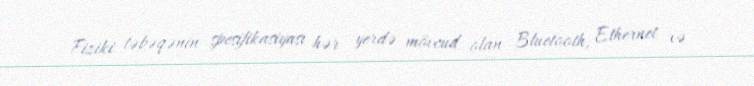
Fiziki təbəqənin spesifikasiyası hər yerdə mövcud olan Bluetooth, Ethernet və